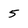
Character: 5